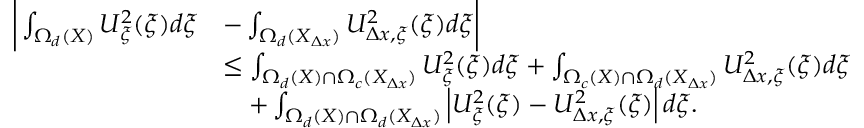
\begin{array} { r l } { \bigg | \int _ { \Omega _ { d } ( X ) } U _ { \xi } ^ { 2 } ( \xi ) d \xi } & { - \int _ { \Omega _ { d } ( X _ { \Delta x } ) } U _ { \Delta x , \xi } ^ { 2 } ( \xi ) d \xi \bigg | } \\ & { \leq \int _ { \Omega _ { d } ( X ) \cap \Omega _ { c } ( X _ { \Delta x } ) } U _ { \xi } ^ { 2 } ( \xi ) d \xi + \int _ { \Omega _ { c } ( X ) \cap \Omega _ { d } ( X _ { \Delta x } ) } U _ { \Delta x , \xi } ^ { 2 } ( \xi ) d \xi } \\ & { \quad + \int _ { \Omega _ { d } ( X ) \cap \Omega _ { d } ( X _ { \Delta x } ) } \left| U _ { \xi } ^ { 2 } ( \xi ) - U _ { \Delta x , \xi } ^ { 2 } ( \xi ) \right| d \xi . } \end{array}